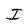
Character: I